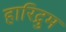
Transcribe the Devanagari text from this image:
हारिद्रुम